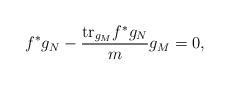
LaTeX: \begin{align*} f^*g_N-\frac{\mathrm{tr}_{g_M}f^*g_N}{m}g_M=0,\end{align*}